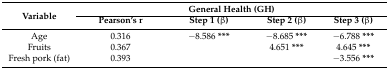
<table><thead><tr><td rowspan="2"><b>Variable</b></td><td colspan="4"><b>General Health (GH)</b></td></tr><tr><td><b>Pearson’s r</b></td><td><b>Step 1 (β)</b></td><td><b>Step 2 (β)</b></td><td><b>Step 3 (β)</b></td></tr></thead><tbody><tr><td>Age</td><td>0.316</td><td>−8.586 <b>***</b></td><td>−8.685 <b>***</b></td><td>−6.788 <b>***</b></td></tr><tr><td>Fruits</td><td>0.367</td><td></td><td>4.651 <b>***</b></td><td>4.645 <b>***</b></td></tr><tr><td>Fresh pork (fat)</td><td>0.393</td><td></td><td></td><td>−3.556 <b>***</b></td></tr></tbody></table>